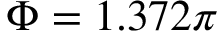
\Phi = 1 . 3 7 2 \pi